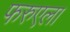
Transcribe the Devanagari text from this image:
फरुएला